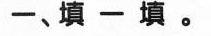
一、填一填。